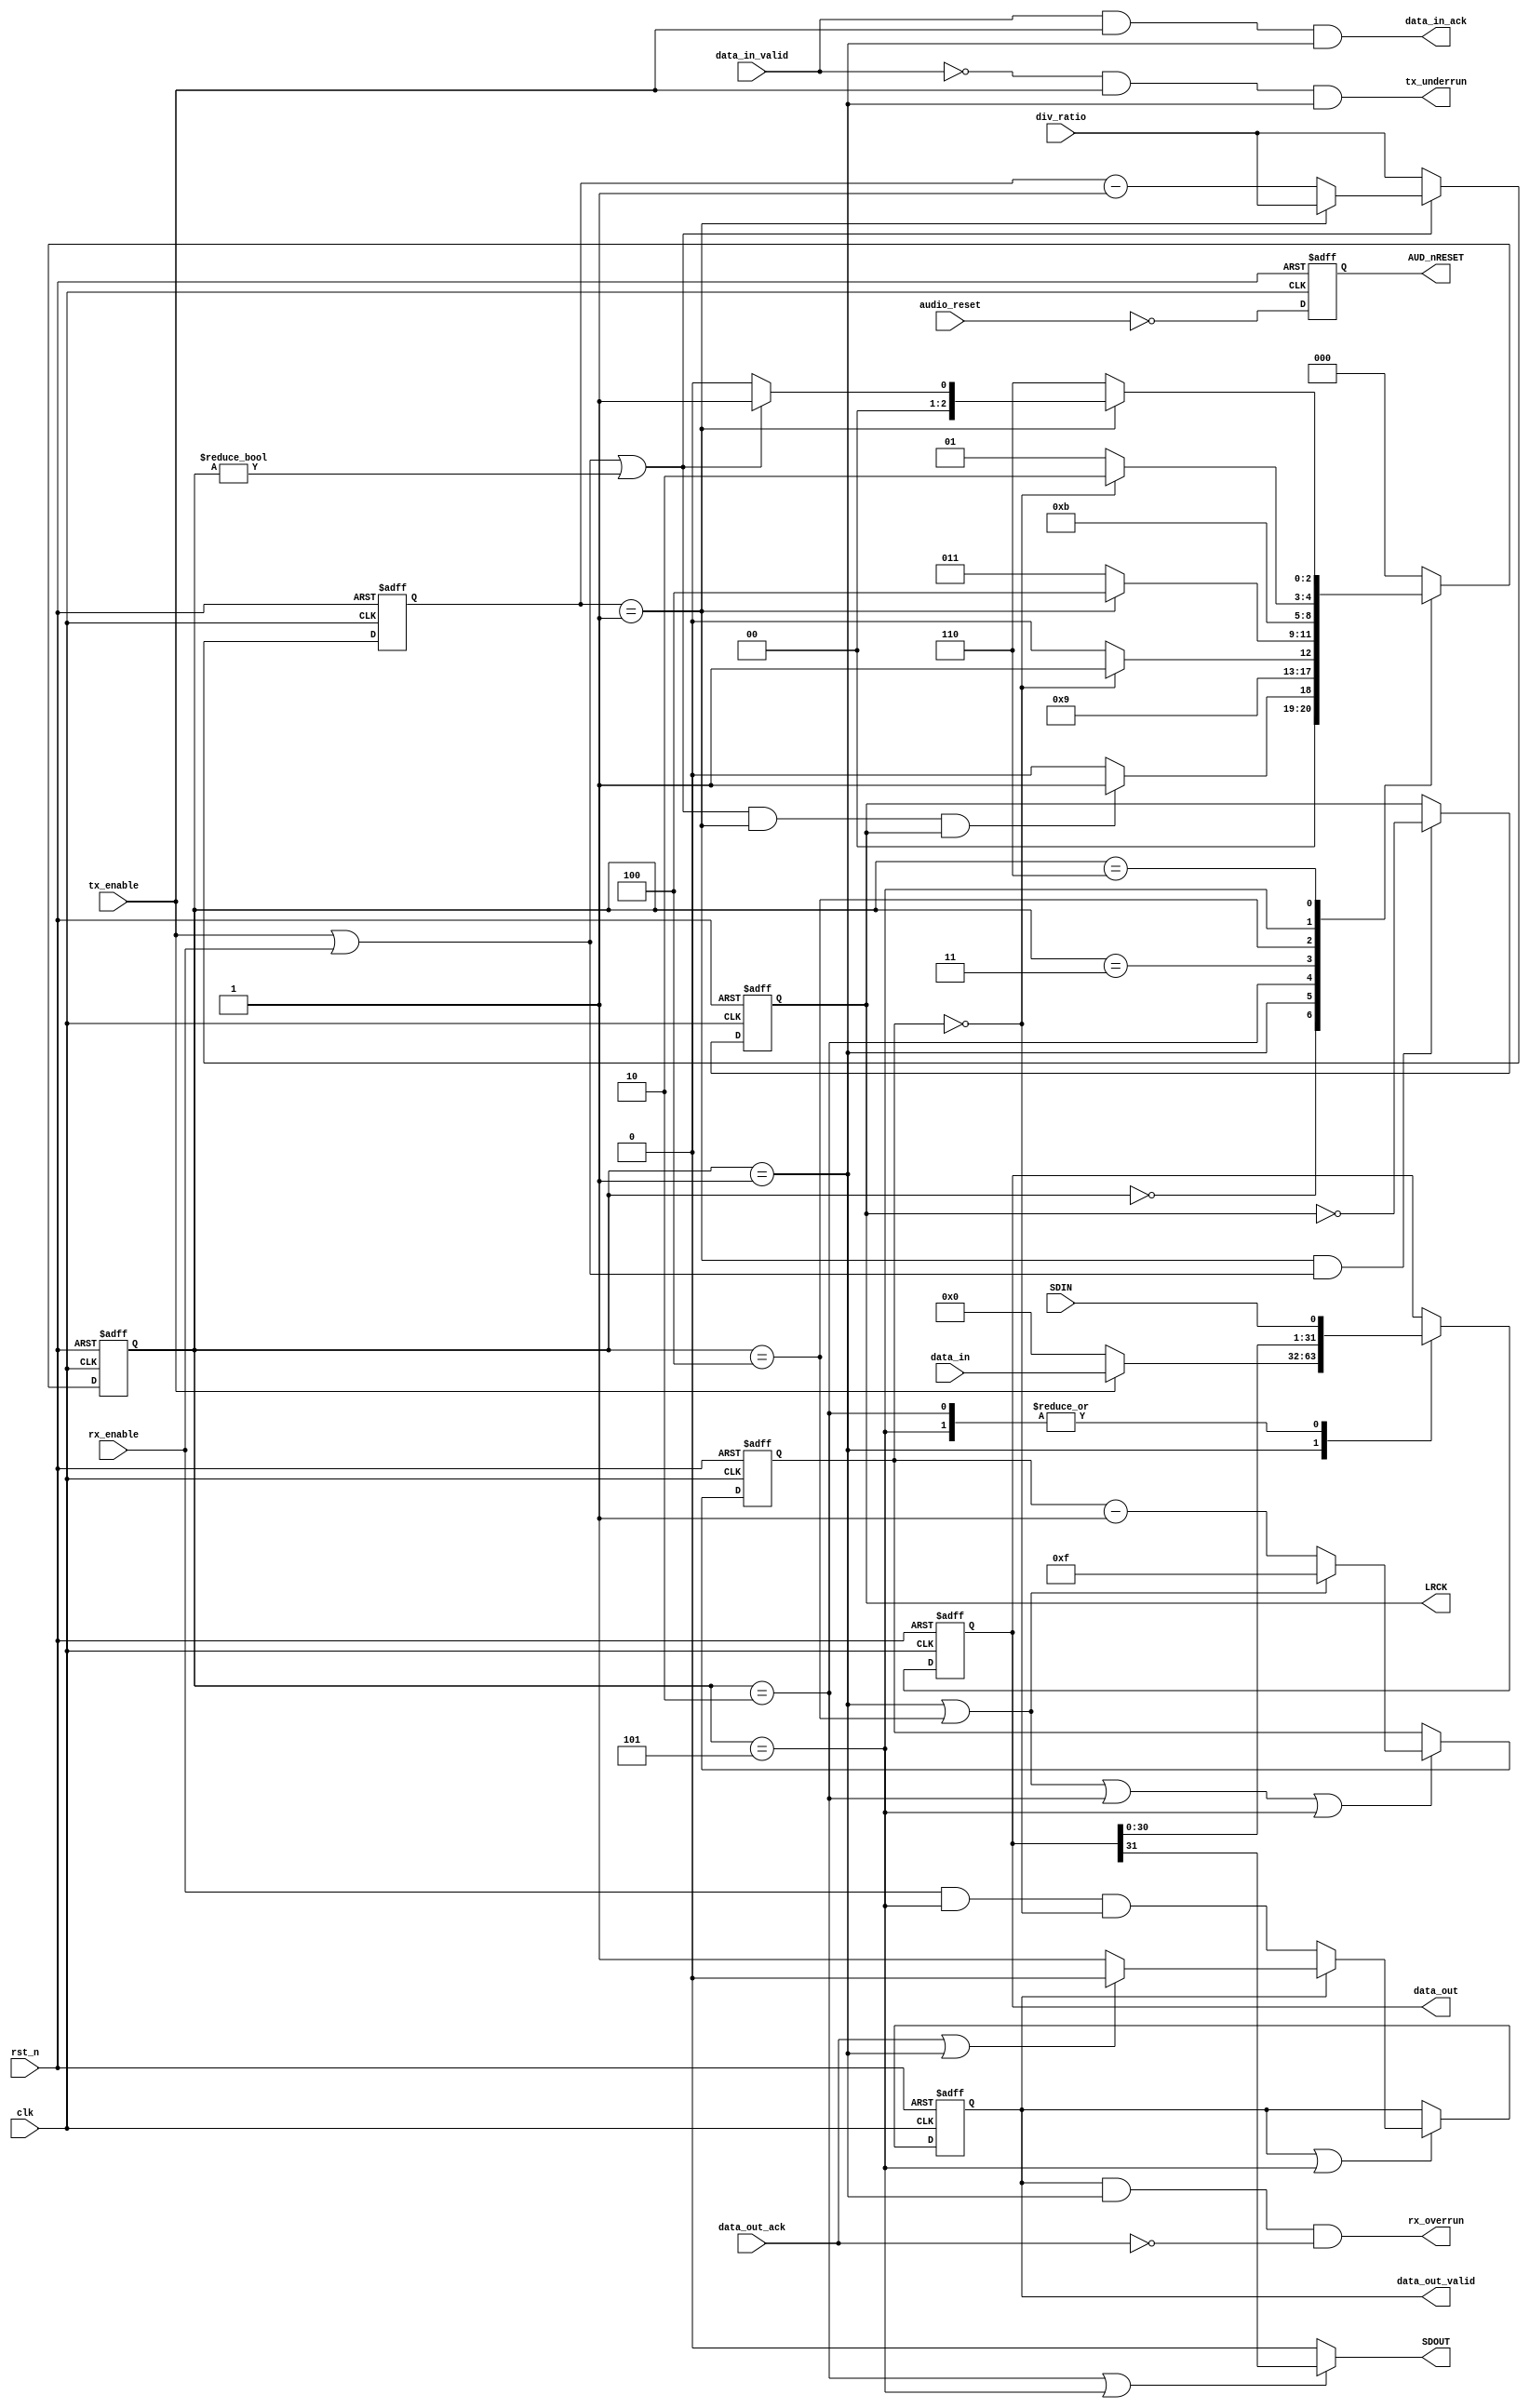
//-----------------------------------------------------------------------------
// The confidential and proprietary information contained in this file may
// only be used by a person authorised under and to the extent permitted
// by a subsisting licensing agreement from ARM Limited.
//
//            (C) COPYRIGHT 2013 ARM Limited.
//                ALL RIGHTS RESERVED
//
// This entire notice must be reproduced on all copies of this file
// and copies of this file may only be made by a person if such person is
// permitted to do so under the terms of a subsisting license agreement
// from ARM Limited.
//
//      SVN Information
//
//      Checked In          : $Date: 2017-07-25 15:10:13 +0100 (Tue, 25 Jul 2017) $
//
//      Revision            : $Revision: 368444 $
//
//      Release Information : Cortex-M0 DesignStart-r2p0-00rel0
//
//-----------------------------------------------------------------------------
//-----------------------------------------------------------------------------
// Abstract : I2S interface - I2S protocol I/O
//-----------------------------------------------------------------------------

module i2s_if (
  input    wire           clk,    // Audio interface master clock (e.g. 12.88MHz)
                                  // Invert of MCLK
  input    wire           rst_n,  // Audio interface reset
  output   wire           LRCK,   // Left Right Clock
  output   wire           SDOUT,  // Audio Data Out
  input    wire           SDIN,   // Audio Data In
  output   wire           AUD_nRESET, // Audio reset

  input    wire           tx_enable,
  input    wire           rx_enable,
  input    wire   [9:0]   div_ratio,
  input    wire           audio_reset,

  input    wire  [31:0]   data_in,
  input    wire           data_in_valid,
  output   wire           data_in_ack,
  
  output   wire  [31:0]   data_out,
  output   wire           data_out_valid,
  input    wire           data_out_ack,  
  
  output   wire           tx_underrun,
  output   wire           rx_overrun
  );
  
  
  // Internal wires
  reg   [9:0]  reg_lrclk_div;
  reg   [9:0]  nxt_lrclk_div;
  wire         i2s_enable;
  reg          reg_lrck;
  wire         lrclk_cntr_reload;
  reg   [2:0]  reg_state;
  reg   [2:0]  nxt_state;
  localparam  I2SFSM_IDLE= 3'b000; // Wait for i2s_enable & lrclk_cntr_reload & reg_lrck
  localparam  I2SFSM_LSTA= 3'b001; // Start cycle for Left channel
  localparam  I2SFSM_LDAT= 3'b010; // 16 cycles of data bit
  localparam  I2SFSM_LWAI= 3'b011; // Wait for lrclk_cntr_reload
  localparam  I2SFSM_RSTA= 3'b100; // Start cycle for Right channel
  localparam  I2SFSM_RDAT= 3'b101; // 16 cycles of data bit
  localparam  I2SFSM_RWAI= 3'b110; // Wait for lrclk_cntr_reload
  
  reg  [31:0]  reg_shiftdata;      // Shift register for data
  reg  [31:0]  nxt_shiftdata;      // Shift register for data
  reg   [3:0]  reg_bitcntr;        // Bit counter
  wire  [3:0]  nxt_bitcntr;        // Bit counter
  
  reg          reg_rx_data_valid;  // RX buffer status
  reg          nxt_rx_data_valid;
  
  reg          reg_aud_rst_n;
  
  // reload Left/Right clock counter when counter reach 1
  assign lrclk_cntr_reload = (reg_lrclk_div==9'b00000001);
  // Enable i2s when transfer is enabled and when disabled,
  //  and when disabled, wait until current transfer is completed
  assign i2s_enable = tx_enable | rx_enable | (reg_state!=I2SFSM_IDLE);
  
  always @(reg_lrclk_div or i2s_enable or div_ratio)
  begin
    if (i2s_enable)
      begin 
      if (reg_lrclk_div==10'b0000000001)
        nxt_lrclk_div = div_ratio; // reload
      else
        nxt_lrclk_div = reg_lrclk_div-1'b1;
      end
    else
      nxt_lrclk_div = div_ratio;
  end
      
  always @(posedge clk or negedge rst_n)
  begin
  if (~rst_n)
    reg_lrclk_div <= 10'b0000000001;
  else
    reg_lrclk_div <= nxt_lrclk_div;
  end
  
  always @(posedge clk or negedge rst_n)
  begin
  if (~rst_n)
    reg_lrck <= 1'b1;
  else if (lrclk_cntr_reload & (tx_enable|rx_enable))
    reg_lrck <= ~reg_lrck;
  end
  
  assign LRCK = reg_lrck;
  
  // I2S protocol FSM
  always @(reg_state or lrclk_cntr_reload or reg_lrck or i2s_enable or reg_bitcntr)
  begin
  case (reg_state)
    I2SFSM_IDLE: nxt_state = (i2s_enable & lrclk_cntr_reload & reg_lrck) ?
    I2SFSM_LSTA: I2SFSM_IDLE; // Wait for start of I2S frame
    I2SFSM_LSTA: nxt_state = I2SFSM_LDAT; // Padding bit cycle, move to data next
    I2SFSM_LDAT: nxt_state = // Wait for 16 bit transfer completed
       (reg_bitcntr==4'h0) ? I2SFSM_LWAI : I2SFSM_LDAT;  
    I2SFSM_LWAI: nxt_state = // Wait for starting of right channel
       (lrclk_cntr_reload) ? I2SFSM_RSTA : I2SFSM_LWAI;
    I2SFSM_RSTA: nxt_state = I2SFSM_RDAT; // Padding bit cycle, move to data next
    I2SFSM_RDAT: nxt_state = // Wait for 16 bit transfer completed
       (reg_bitcntr==4'h0) ? I2SFSM_RWAI : I2SFSM_RDAT;
    I2SFSM_RWAI: nxt_state = // Check enable status and return to IDLE if I2S disabled
          (lrclk_cntr_reload) ?
       ((i2s_enable) ? I2SFSM_LSTA : I2SFSM_IDLE): I2SFSM_RWAI; // else start Left frame again
    default: nxt_state = I2SFSM_IDLE; // Not used
  endcase
  end  

  always @(posedge clk or negedge rst_n)
  begin
  if (~rst_n)
    reg_state <= I2SFSM_IDLE;
  else
    reg_state <= nxt_state;
  end
  
  // Shift register
  always @(reg_state or data_in or data_in_valid or SDIN or tx_enable or reg_shiftdata)
  begin
  case (reg_state)
    I2SFSM_IDLE: nxt_shiftdata = reg_shiftdata; // No change
    I2SFSM_LSTA: nxt_shiftdata = (tx_enable) ? data_in : {32{1'b0}}; // Load new data
    I2SFSM_LDAT: nxt_shiftdata = {reg_shiftdata[30:0], SDIN}; // Shift data in 16 times
    I2SFSM_LWAI: nxt_shiftdata = reg_shiftdata; // No change
    I2SFSM_RSTA: nxt_shiftdata = reg_shiftdata; // No change
    I2SFSM_RDAT: nxt_shiftdata = {reg_shiftdata[30:0], SDIN}; // Shift data in 16 times
    I2SFSM_RWAI: nxt_shiftdata = reg_shiftdata; // No change
    default:     nxt_shiftdata = reg_shiftdata; // No change
  endcase
  end

  always @(posedge clk or negedge rst_n)
  begin
  if (~rst_n)
    reg_shiftdata <= {32{1'b0}};
  else
    reg_shiftdata <= nxt_shiftdata;
  end
  
  // Output bit in shift data cycles
  assign SDOUT = ((reg_state==I2SFSM_LDAT)||(reg_state==I2SFSM_RDAT)) ? 
                  reg_shiftdata[31] : 1'b0 ;
  
  // Bit counter
  assign nxt_bitcntr = // Reload at start bit and decrement during data bits
    ((reg_state==I2SFSM_LSTA)|(reg_state==I2SFSM_RSTA)) ?
       4'hF : (reg_bitcntr - 1'b1);

  always @(posedge clk or negedge rst_n)
  begin
  if (~rst_n)
    reg_bitcntr <= 4'h0;
  else if ((reg_state==I2SFSM_LSTA)|(reg_state==I2SFSM_RSTA)|
           (reg_state==I2SFSM_LDAT)|(reg_state==I2SFSM_RDAT))
    reg_bitcntr <= nxt_bitcntr;
  end
  
  // TX control handling
  assign data_in_ack =  data_in_valid & tx_enable & (reg_state==I2SFSM_LSTA);
  assign tx_underrun = ~data_in_valid & tx_enable & (reg_state==I2SFSM_LSTA);
  
  // RX control handling
  always @(reg_rx_data_valid or reg_state or rx_enable or data_out_ack or reg_bitcntr)
  begin
  if (reg_rx_data_valid)
    nxt_rx_data_valid = (data_out_ack|(reg_state==I2SFSM_LSTA)) ? 1'b0 : 1'b1;
  else
    nxt_rx_data_valid = rx_enable & (reg_state==I2SFSM_RDAT) & (reg_bitcntr==4'h0);
  end
  
  always @(posedge clk or negedge rst_n)
  begin
  if (~rst_n)
    reg_rx_data_valid <= 1'b0;
  else if (reg_rx_data_valid | (reg_state==I2SFSM_RDAT))
    reg_rx_data_valid <= nxt_rx_data_valid;
  end  
  
  assign data_out_valid = reg_rx_data_valid;
  assign data_out       = reg_shiftdata;
  assign rx_overrun     = reg_rx_data_valid & (reg_state==I2SFSM_LSTA) & ~data_out_ack;

  // Audio reset
  always @(posedge clk or negedge rst_n)
  begin
  if (~rst_n)
    reg_aud_rst_n <= 1'b0;
  else 
    reg_aud_rst_n <= ~audio_reset;
  end  

  assign AUD_nRESET = reg_aud_rst_n;

endmodule